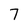
Character: 7